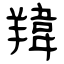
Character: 䍷